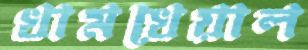
খামখেয়াল